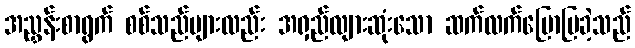
အညွှန်းစာရွက် စစ်သည်များလည်း အရှည်လျားဆုံးသော ဆက်လက်ပြောပြခဲ့သည်